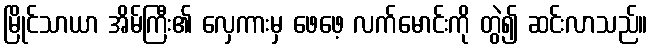
မြိုင်သာယာ အိမ်ကြီး၏ လှေကားမှ ဖေဖေ့ လက်မောင်းကို တွဲ၍ ဆင်းလာသည်။